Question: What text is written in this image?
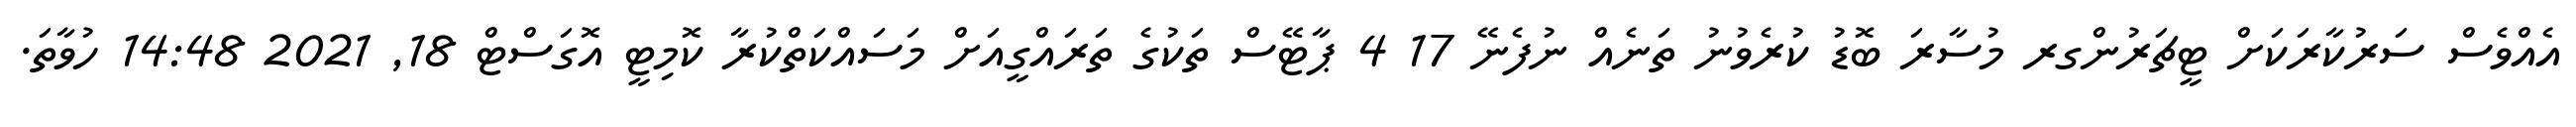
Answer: އެއްވެސް ސަރުކާރަކަށް ޓީޗަރުންގރ މުސާރަ ބޮޑު ކުރެވުނު ތަނެއް ނުފެނޭ 17 4 ޕާޓޭސް ތަކުގެ ތަރައްގީއަށް މަސައްކަތްކުރާ ކޮމިޓީ އޮގަސްޓް 18, 2021 14:48 ހުވާތަ.